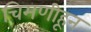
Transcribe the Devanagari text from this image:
चिमणीहून